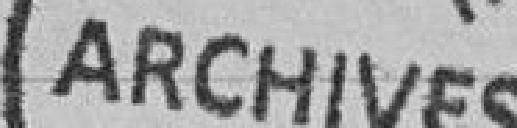
ARCHIVES